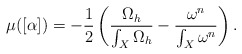
\begin{align*}\mu([\alpha])=-\frac{1}{2}\left(\frac{\Omega_{h}}{\int_{X}\Omega_{h}}-\frac{\omega^{n}}{\int_{X}\omega^{n}}\right).\end{align*}